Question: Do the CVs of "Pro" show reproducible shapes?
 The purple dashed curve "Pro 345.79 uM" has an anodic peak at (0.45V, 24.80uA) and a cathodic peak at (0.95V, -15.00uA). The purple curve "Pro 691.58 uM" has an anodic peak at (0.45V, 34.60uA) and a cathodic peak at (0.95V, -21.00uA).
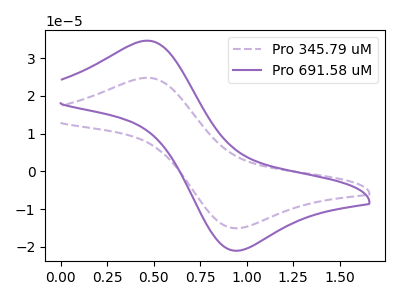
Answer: <think>All the peaks in "Pro 345.79 uM" have a peak in "Pro 691.58 uM" at the same potential. Every peak in "Pro 345.79 uM" is lower than every peak in "Pro 691.58 uM".
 </think>
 <answer>All the CV's of "Pro" have similar shape.</answer>
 <eval>follow_rule</eval>